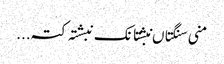
منی سنگتاں نبشتانک نبشتہ کتہ ...